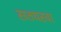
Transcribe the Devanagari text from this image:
सतघरवा